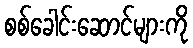
စစ်ခေါင်းဆောင်များကို